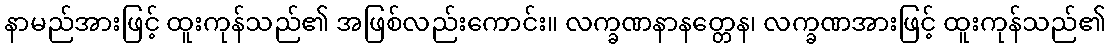
နာမည်အားဖြင့် ထူးကုန်သည်၏ အဖြစ်လည်းကောင်း။ လက္ခဏနာနတ္တေန၊ လက္ခဏအားဖြင့် ထူးကုန်သည်၏